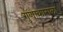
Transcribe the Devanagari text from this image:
गुणाकाराला